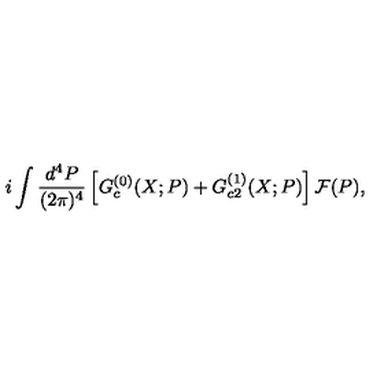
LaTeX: i \int \frac { d ^ { 4 } P } { ( 2 \pi ) ^ { 4 } } \left[ G _ { c } ^ { ( 0 ) } ( X ; P ) + G _ { c 2 } ^ { ( 1 ) } ( X ; P ) \right] { \cal F } ( P ) ,